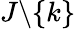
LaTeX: J\backslash\{ k\}